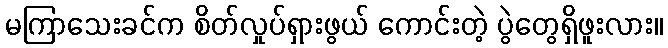
မကြာသေးခင်က စိတ်လှုပ်ရှားဖွယ် ကောင်းတဲ့ ပွဲတွေရှိဖူးလား။